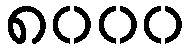
၈၀၀၀